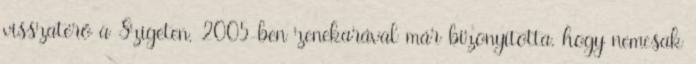
visszatérő a Szigeten, 2005-ben zenekarával már bizonyította, hogy nemcsak